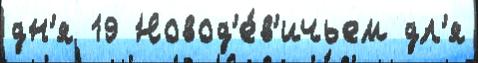
дн'я 19 Новод'е́в'ичьем дл'я